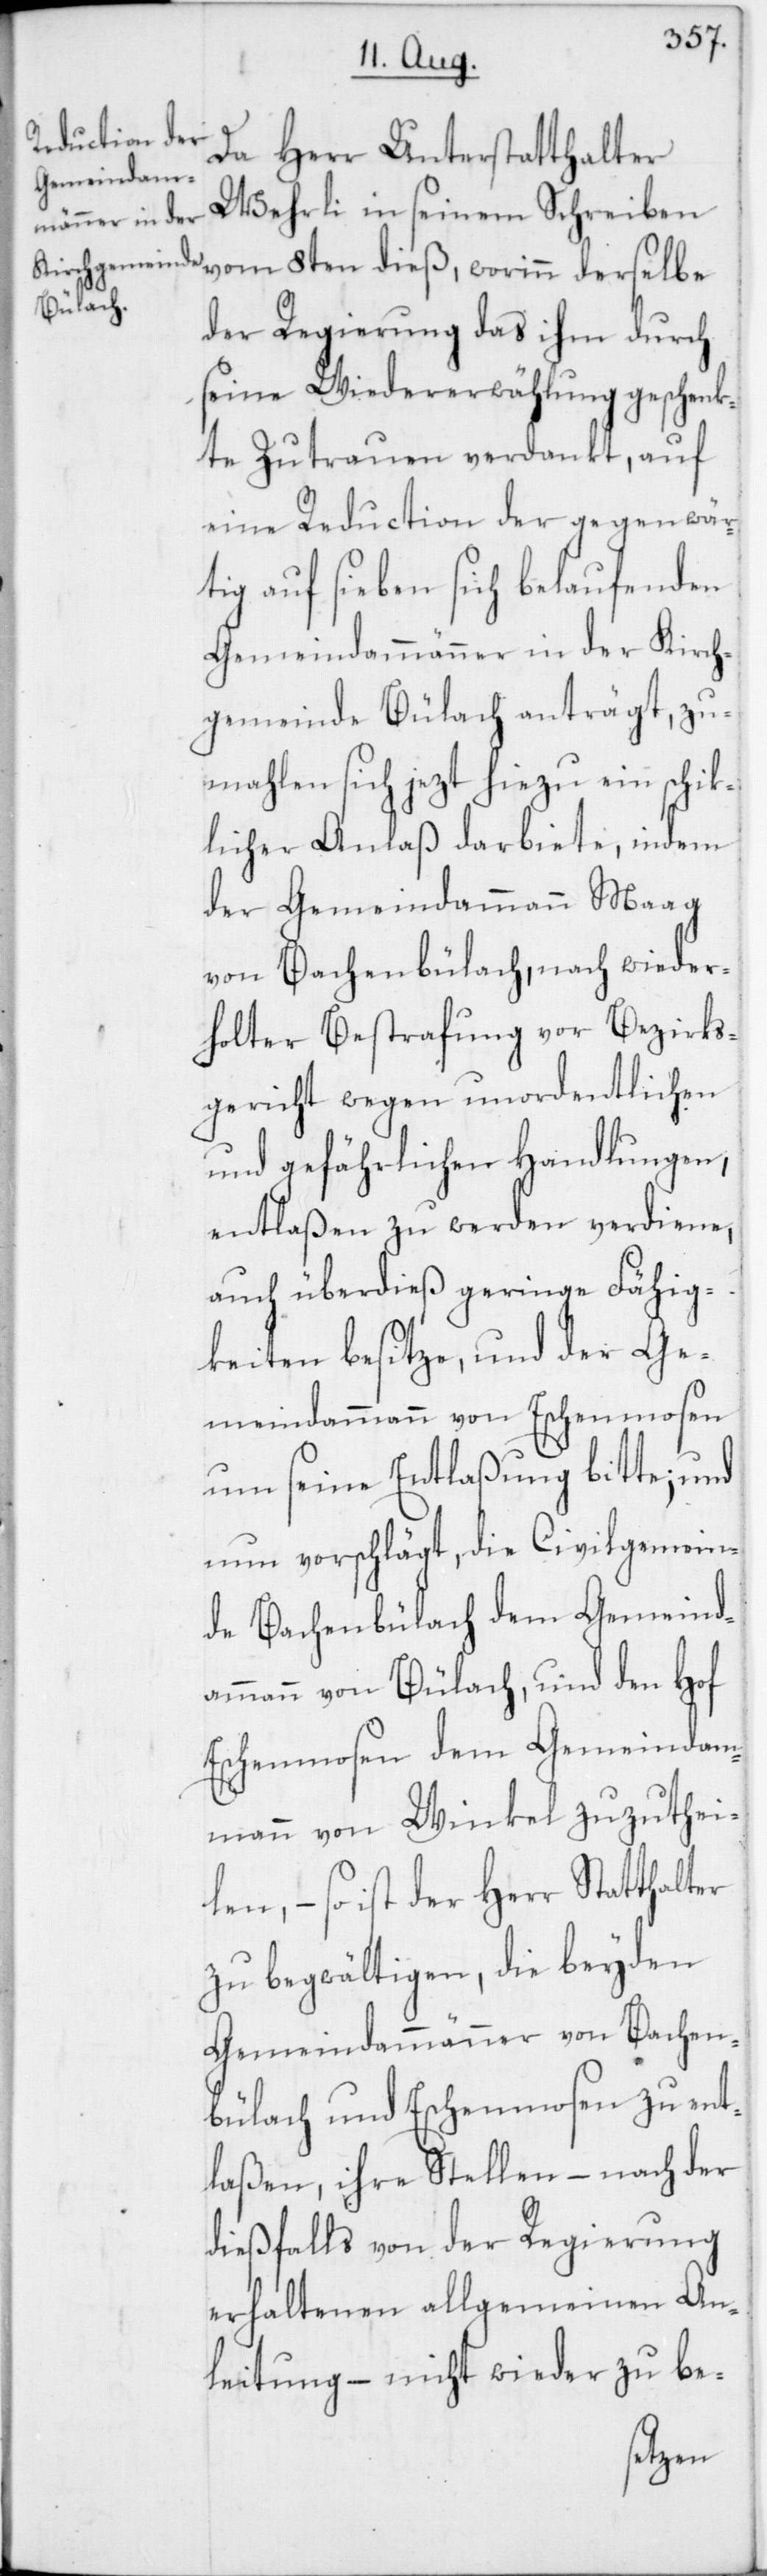
Da Herr Unterstatthalter
Wehrli in seinem Schreiben
vom 8ten dieß, worinn derselbe
der Regierung das ihm durch
seine Wiedererwählung geschenk¬
te Zutrauen verdankt, auf
eine Reduction der gegenwär¬
tig auf sieben sich belaufenden
Gemeindammänner in der Kirch¬
gemeinde Bülach anträgt, zu¬
mahlen sich jezt hiezu ein schik¬
licher Anlaß darbiete, indem
der Gemeindammann Maag
von Bachenbülach, nach wieder¬
holter Bestrafung vor Bezirks¬
gericht wegen unordentlichen
und gefährlichen Handlungen,
entlaßen zu werden verdiene,
auch überdieß geringe Fähig¬
keiten besitze, und der Ge¬
meindammann von Eschenmosen
um seine Entlaßung bitte; und
nun vorschlägt, die Civilgemein¬
de Bachenbülach dem Gemeind¬
ammann von Bülach, und den Hof
Eschenmosen dem Gemeindam¬
mann von Winkel zuzuthei¬
len, – so ist der Herr Statthalt¬
zu begwältigen, die beyden
Gemeindammänner von Bachen¬
bülach und Eschenmosen zu ent¬
laßen, ihre Stellen, – nach der
dießfalls von der Regierung
erhaltenen allgemeinen An¬
leitung, – nicht wieder zu be-
er